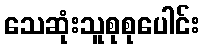
သေဆုံးသူစုစုပေါင်း